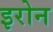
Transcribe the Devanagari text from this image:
इरोन